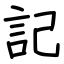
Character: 記